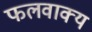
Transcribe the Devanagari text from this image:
फलवाक्य